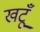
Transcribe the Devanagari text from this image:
खटूँ